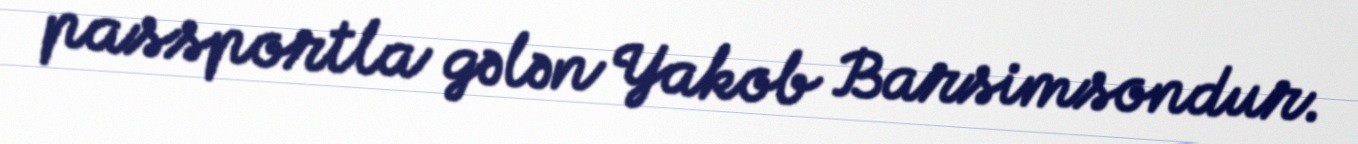
passportla gələn Yakob Barsimsondur.